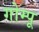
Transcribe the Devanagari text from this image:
गोम्‍पू